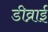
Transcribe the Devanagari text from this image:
डीव्राई